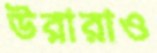
উরারাও